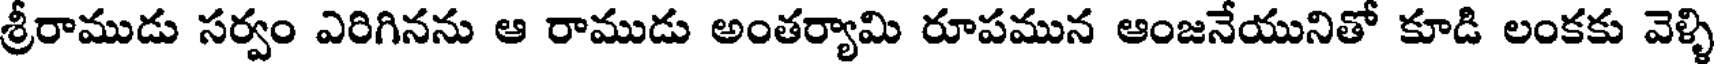
శ్రీరాముడు సర్వం ఎరిగినను ఆ రాముడు అంతర్యామి రూపమున ఆంజనేయునితో కూడి లంకకు వెళ్ళి